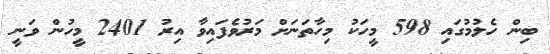
ބިން ހެލުމުގައި 598 މީހަކު މިހާތަނަށް މަރުވެފައިވާ އިރު 2401 މީހުން ވަނީ